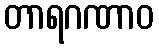
တာရဂဏာဝ